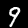
Digit: 9